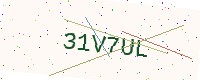
Text: 31V7UL